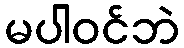
မပါဝင်ဘဲ